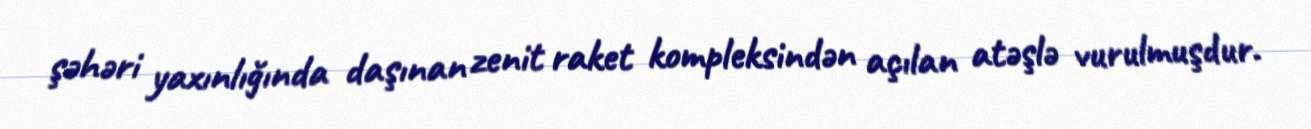
şəhəri yaxınlığında daşınan zenit raket kompleksindən açılan atəşlə vurulmuşdur.